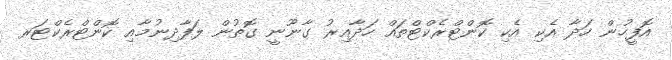
އޮފީހުން ހަދާ އެކި އެކި ކޮންޓްރެކްޓްތައް ހަދާއިރު ގާނޫނީ ގޮތުން ލަފާދިނުމާއި ކޮންޓްރެކްޓަރ